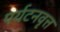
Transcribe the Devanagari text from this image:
पर्यटनवृत्त